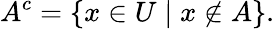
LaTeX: A^{c}=\{ x\in U\mid x\notin A\} .